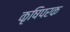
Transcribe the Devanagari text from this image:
कृषिपरक